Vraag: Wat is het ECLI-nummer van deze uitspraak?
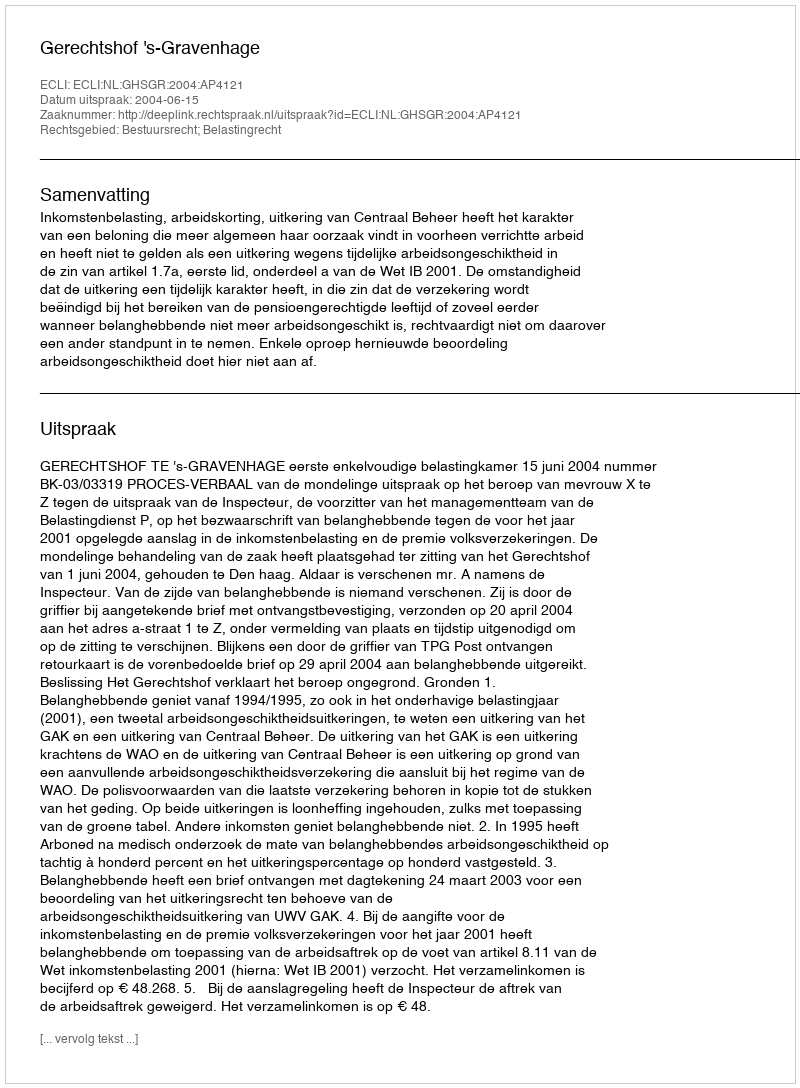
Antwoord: ECLI:NL:GHSGR:2004:AP4121